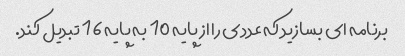
برنامه ای بسازید که عددی را از پایه 10 به پایه 16 تبدیل کند.